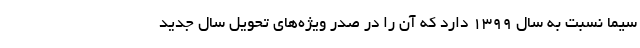
سیما نسبت به سال 1399 دارد که آن را در صدر ویژه‌های تحویل سال جدید